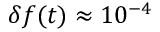
\delta f ( t ) \approx 1 0 ^ { - 4 }